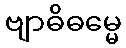
ဗျာဓိဓမ္မေ